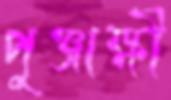
পুঞ্জাক্ষী